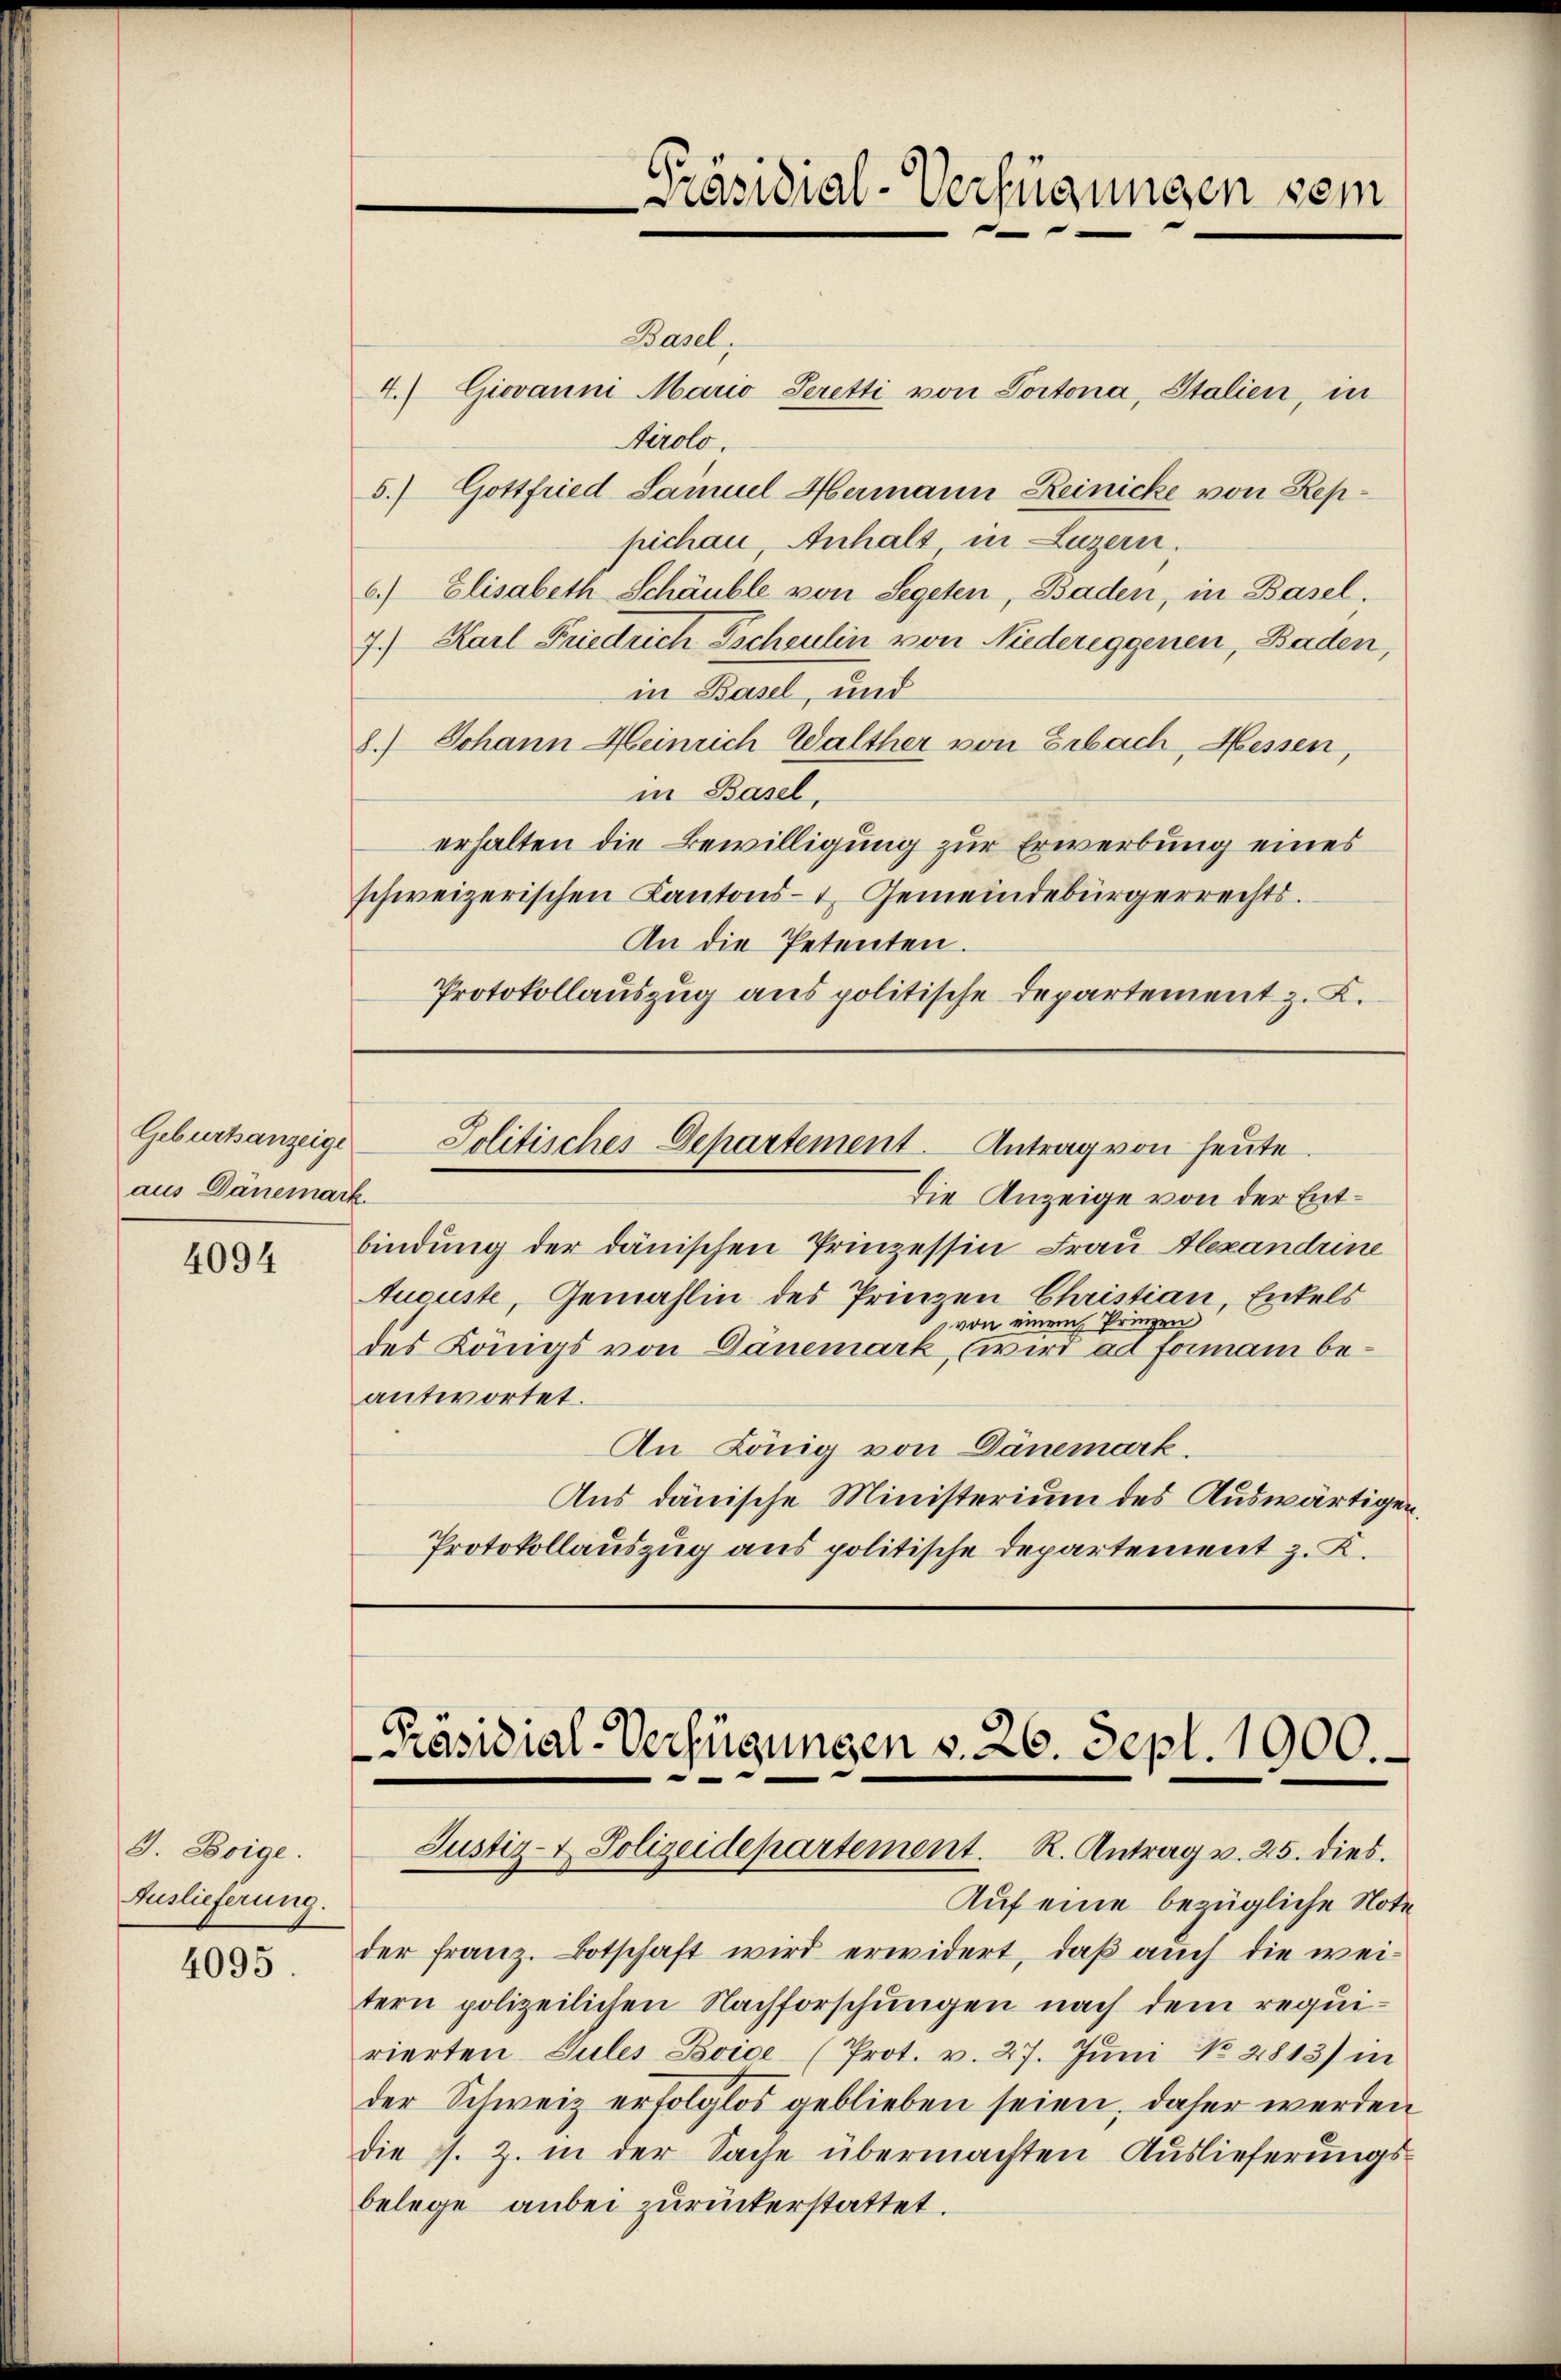
Geburtsanzeige
aus Dänemark

4094

G. Boige.
Auslieferung.
4095

Jolitisches Departement. Antrag von heute.

Präsidial-Verfügungen sein
e

Basel,
4. Giovanni Mario Seretti von Portona, Italien, in
Airolo.
5.) Gottfried Samuel Hermann Reinicke von Reppichan, Anhalt in Luzern.
6.) Elisabeth Schäuble von Segeten, Baden, in Basel.
7.) Karl Friedrich Escheulin von Niedereggenen, Baden,
in Basel, und
8.) Johann Heinrich Walther von Erbach, Hessen,
in Basel,
erhalten die Bewilligung zur Erwerbung eines
schweizerischen Kantons- & Gemeindebürgerrechts.
An die Petenten.
Protokollauszug aus politische Departement z. B.

Die Anzeige von der Entbindung der dänischen Prinzessin Frau Alexandeine
Aucuste, Gemahlin des Prinzen Christian, Enkels
von einem Prinzen
des Königs von Danemark, wird ad forman beantwortet.
An König von Dänemark,
Aus dänische Ministerium des Auswärtigen.
Protokollauszug aus politische Departement z. K.

Präsidial-Verfügungen v. 26. Sept. 1900.
Justiz- & Polizeidepartement. R. Antrag v. 25. dies.

Auf eine bezügliche Note
der franz. Botschaft wird erwidert, daß auch die weitern polizeilichen Nachforschungen nach dem requirierten Jules Boice (Prot. v. 27. Juni No 2813) in
der Schweiz erfolglos geblieben seien, daher werden
die s. Z. in der Sache übermachten Auslieferungsbelege anbei zurückerstattet.